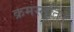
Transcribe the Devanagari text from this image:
क्रमस्तुति।